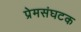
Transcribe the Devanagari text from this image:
प्रेमसंघटक